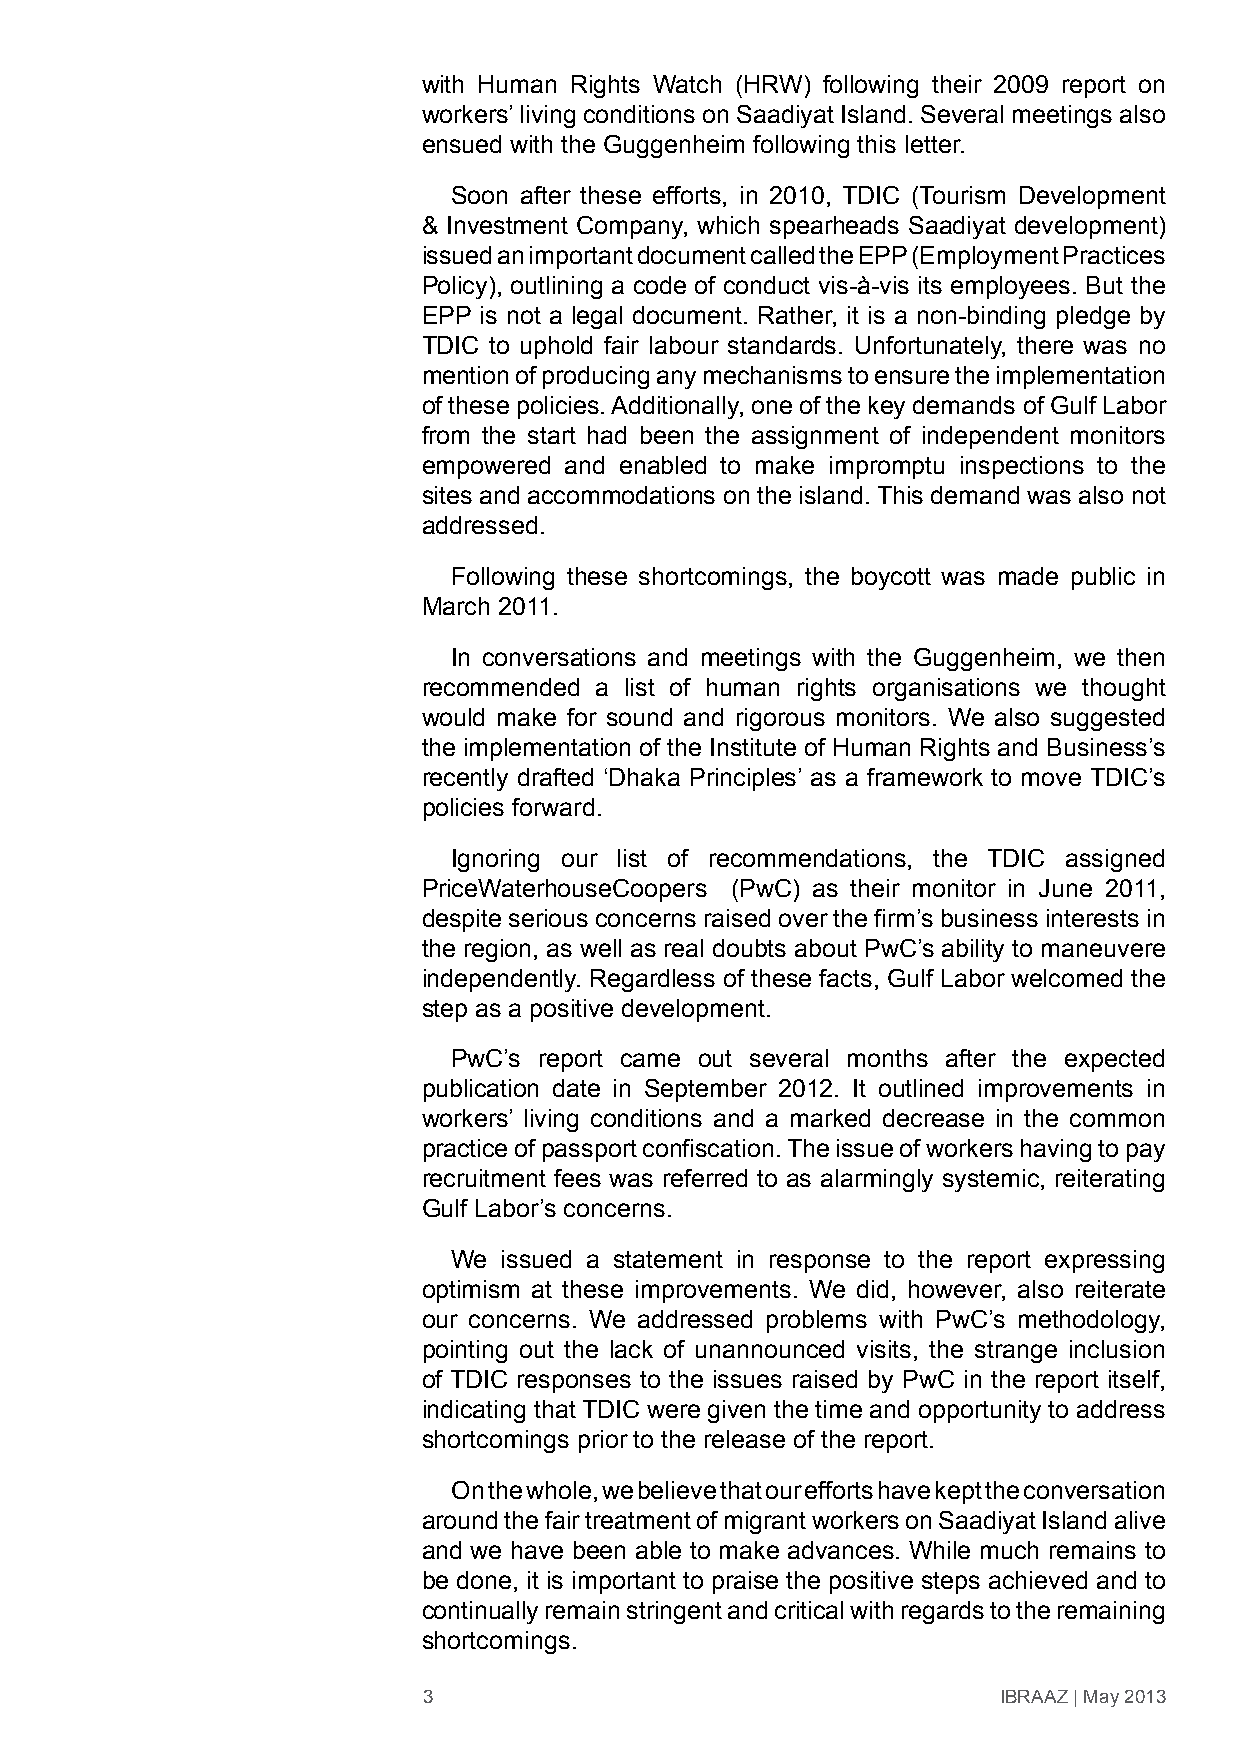
with Human Rights Watch (HRW) following their 2009 report on
 workers’ living conditions on Saadiyat Island. Several meetings also
 ensued with the Guggenheim following this letter.
 Soon after these efforts, in 2010, TDIC (Tourism Development
 & Investment Company, which spearheads Saadiyat development)
 issued an important document called the EPP (Employment Practices
 Policy), outlining a code of conduct vis-à-vis its employees. But the
 EPP is not a legal document. Rather, it is a non-binding pledge by
 TDIC to uphold fair labour standards. Unfortunately, there was no
 mention of producing any mechanisms to ensure the implementation
 of these policies. Additionally, one of the key demands of Gulf Labor
 from the start had been the assignment of independent monitors
 empowered and enabled to make impromptu inspections to the
 sites and accommodations on the island. This demand was also not
 addressed.
 Following these shortcomings, the boycott was made public in
 March 2011.
 In conversations and meetings with the Guggenheim, we then
 recommended a list of human rights organisations we thought
 would make for sound and rigorous monitors. We also suggested
 the implementation of the Institute of Human Rights and Business’s
 recently drafted ‘Dhaka Principles’ as a framework to move TDIC’s
 policies forward.
 Ignoring our list of recommendations, the TDIC assigned
 PriceWaterhouseCoopers (PwC) as their monitor in June 2011,
 despite serious concerns raised over the firm’s business interests in
 the region, as well as real doubts about PwC’s ability to maneuvere
 independently. Regardless of these facts, Gulf Labor welcomed the
 step as a positive development.
 PwC’s report came out several months after the expected
 publication date in September 2012. It outlined improvements in
 workers’ living conditions and a marked decrease in the common
 practice of passport confiscation. The issue of workers having to pay
 recruitment fees was referred to as alarmingly systemic, reiterating
 Gulf Labor’s concerns.
 We issued a statement in response to the report expressing
 optimism at these improvements. We did, however, also reiterate
 our concerns. We addressed problems with PwC’s methodology,
 pointing out the lack of unannounced visits, the strange inclusion
 of TDIC responses to the issues raised by PwC in the report itself,
 indicating that TDIC were given the time and opportunity to address
 shortcomings prior to the release of the report.
 On the whole, we believe that our efforts have kept the conversation
 around the fair treatment of migrant workers on Saadiyat Island alive
 and we have been able to make advances. While much remains to
 be done, it is important to praise the positive steps achieved and to
 continually remain stringent and critical with regards to the remaining
 shortcomings.
 3                                     IBRAAZ | May 2013